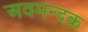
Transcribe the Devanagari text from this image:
अवमन्दक